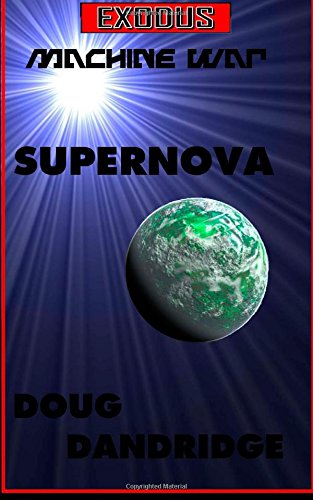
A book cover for Exodus: Machine War: Book 1: Supernova (Volume 1); Doug Dandridge; Science Fiction & Fantasy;